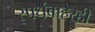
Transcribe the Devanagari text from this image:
स्पर्धेबाहेरही